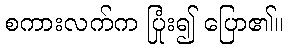
စကားလက်က ပြုံး၍ ပြော၏။